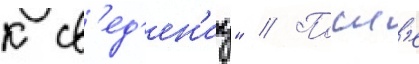
к св'ед'ен'иу" // Посл'е